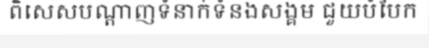
ពិសេសបណ្តាញទំនាក់ទំនងសង្គម ជួយបំបែក